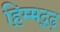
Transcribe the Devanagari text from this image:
हिम्मद्गढ़